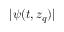
| \psi ( t , z _ { q } ) |